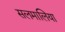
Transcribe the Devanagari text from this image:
सलमालिया